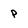
Character: p